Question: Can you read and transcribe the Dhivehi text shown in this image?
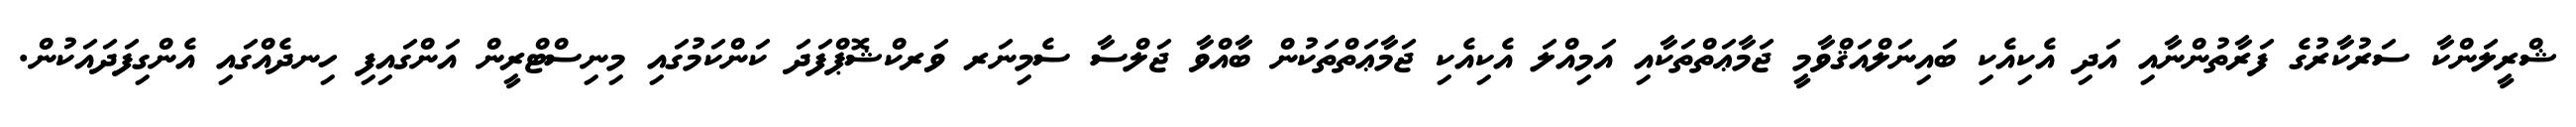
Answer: ޝްރީލަންކާ ސަރުކާރުގެ ފަރާތުންނާއި އަދި އެކިއެކި ބައިނަލްއަޤްވާމީ ޖަމާޢަތްތަކާއި އަމިއްލަ އެކިއެކި ޖަމާޢަތްތަކުން ބާއްވާ ޖަލްސާ ސެމިނަރ ވަރކްޝޮޕްފަދަ ކަންކަމުގައި މިނިސްޓްރީން އަންގައިފި ހިނދެއްގައި އެންގިފަދައަކުން.